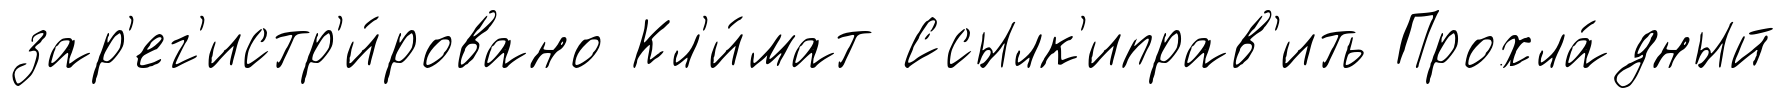
зар'ег'истр'и́ровано Кл'и́мат Ссылк'иправ'ить Прохла́дный